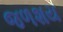
જળશય